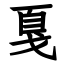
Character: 戛